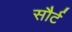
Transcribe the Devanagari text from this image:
सौर्ट